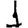
Digit: 1